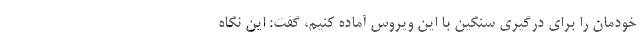
خودمان را برای درگیری سنگین با این ویروس آماده کنیم، گفت: این نگاه